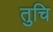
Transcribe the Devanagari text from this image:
तुचि